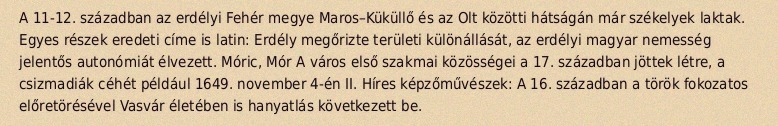
A 11-12. században az erdélyi Fehér megye Maros–Küküllő és az Olt közötti hátságán már székelyek laktak. Egyes részek eredeti címe is latin: Erdély megőrizte területi különállását, az erdélyi magyar nemesség jelentős autonómiát élvezett. Móric, Mór A város első szakmai közösségei a 17. században jöttek létre, a csizmadiák céhét például 1649. november 4-én II. Híres képzőművészek: A 16. században a török fokozatos előretörésével Vasvár életében is hanyatlás következett be.